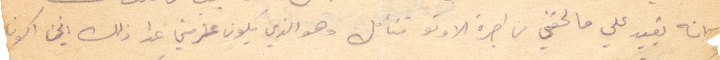
انه يقيد على ما لحقني من اجرة الاوتومبيل فتأمل وهو الذي عزمني عدا ذلك انني أكون